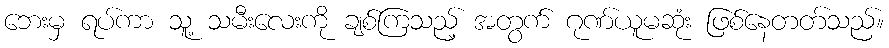
ဘေးမှ ရပ်ကာ သူ့ သမီးလေးကို ချစ်ကြသည့် အတွက် ဂုဏ်ယူမဆုံး ဖြစ်နေတတ်သည်။